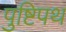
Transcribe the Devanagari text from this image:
पुष्टिपथ